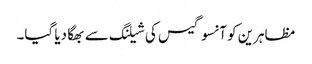
مظاہرین کو آنسو گیس کی شیلنگ سے بھگا دیا گیا۔